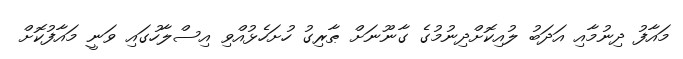
މައާފު ދިނުމާއި އަދަބު ލުއިކޮށްދިނުމުގެ ގާނޫނަށް ޠާރިގު ހުށަހެޅުއްވި އިސްލާހުގައި ވަނީ މައާފުކޮށް